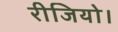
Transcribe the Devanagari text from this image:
रीजियो।